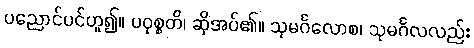
ပညောင်ပင်ဟူ၍။ ပဝုစ္စတိ၊ ဆိုအပ်၏။ သုမင်္ဂလောစ၊ သုမင်္ဂလလည်း